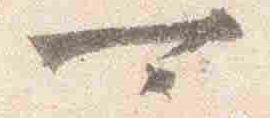
可